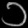
Digit: ၁